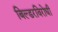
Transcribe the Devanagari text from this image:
बिल्डरविरोधी